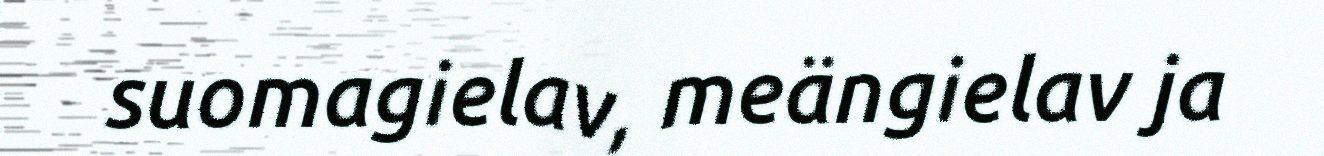
suomagielav, meängielav ja